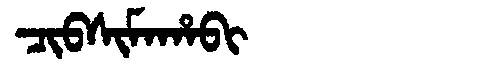
Manchu: ᠴᡳᠪᠰᡳᠮᠠᡥᠠᠪᡳ
Romanization: CIBSIMAHABI